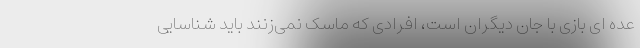
عده ای بازی با جان دیگران است، افرادی که ماسک نمی‌زنند باید شناسایی